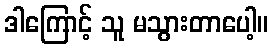
ဒါကြောင့် သူ မသွားတာပေါ့။